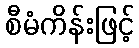
စီမံကိန်းဖြင့်